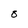
Character: 8